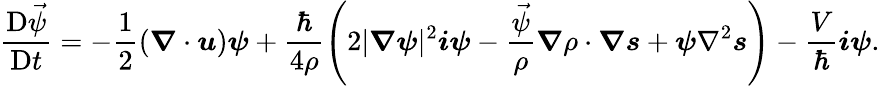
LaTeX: \frac{\mathrm{D}\vec{\psi}}{\mathrm{D}t}=-\frac 12(\boldsymbol{\nabla}\cdot\boldsymbol{u})\boldsymbol{\psi}+\frac{\hbar}{4\rho}\left(2|\boldsymbol{\nabla}\boldsymbol{\psi}|^{2}\boldsymbol{i\psi}-\frac{\vec{\psi}}{\rho}\boldsymbol{\nabla}\rho\cdot\boldsymbol{\nabla}\boldsymbol{s}+\boldsymbol{\psi}\nabla^{2}\boldsymbol{s}\right)-\frac{V}{\hbar}\boldsymbol{i\psi}.